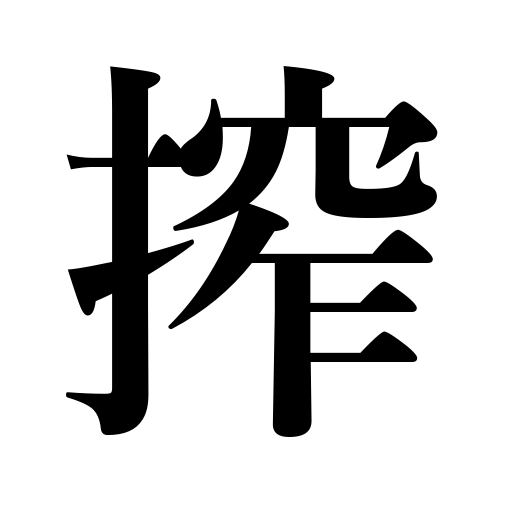
Meanings: extort,close tight,squeeze,extract,wring,scold,press,milk